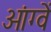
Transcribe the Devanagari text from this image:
ओंग्वें